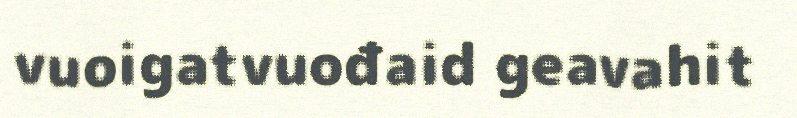
vuoigatvuođaid geavahit